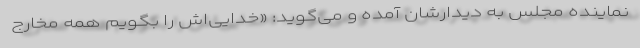
نماینده مجلس به دیدارشان آمده و می‌گوید: «خدایی‌اش را بگویم همه مخارج